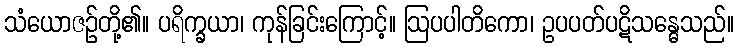
သံယောဇဉ်တို့၏။ ပရိက္ခယာ၊ ကုန်ခြင်းကြောင့်။ ဩပပါတိကော၊ ဥပပတ်ပဋိသန္ဓေသည်။